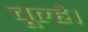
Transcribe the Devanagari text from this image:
चूल्हे।